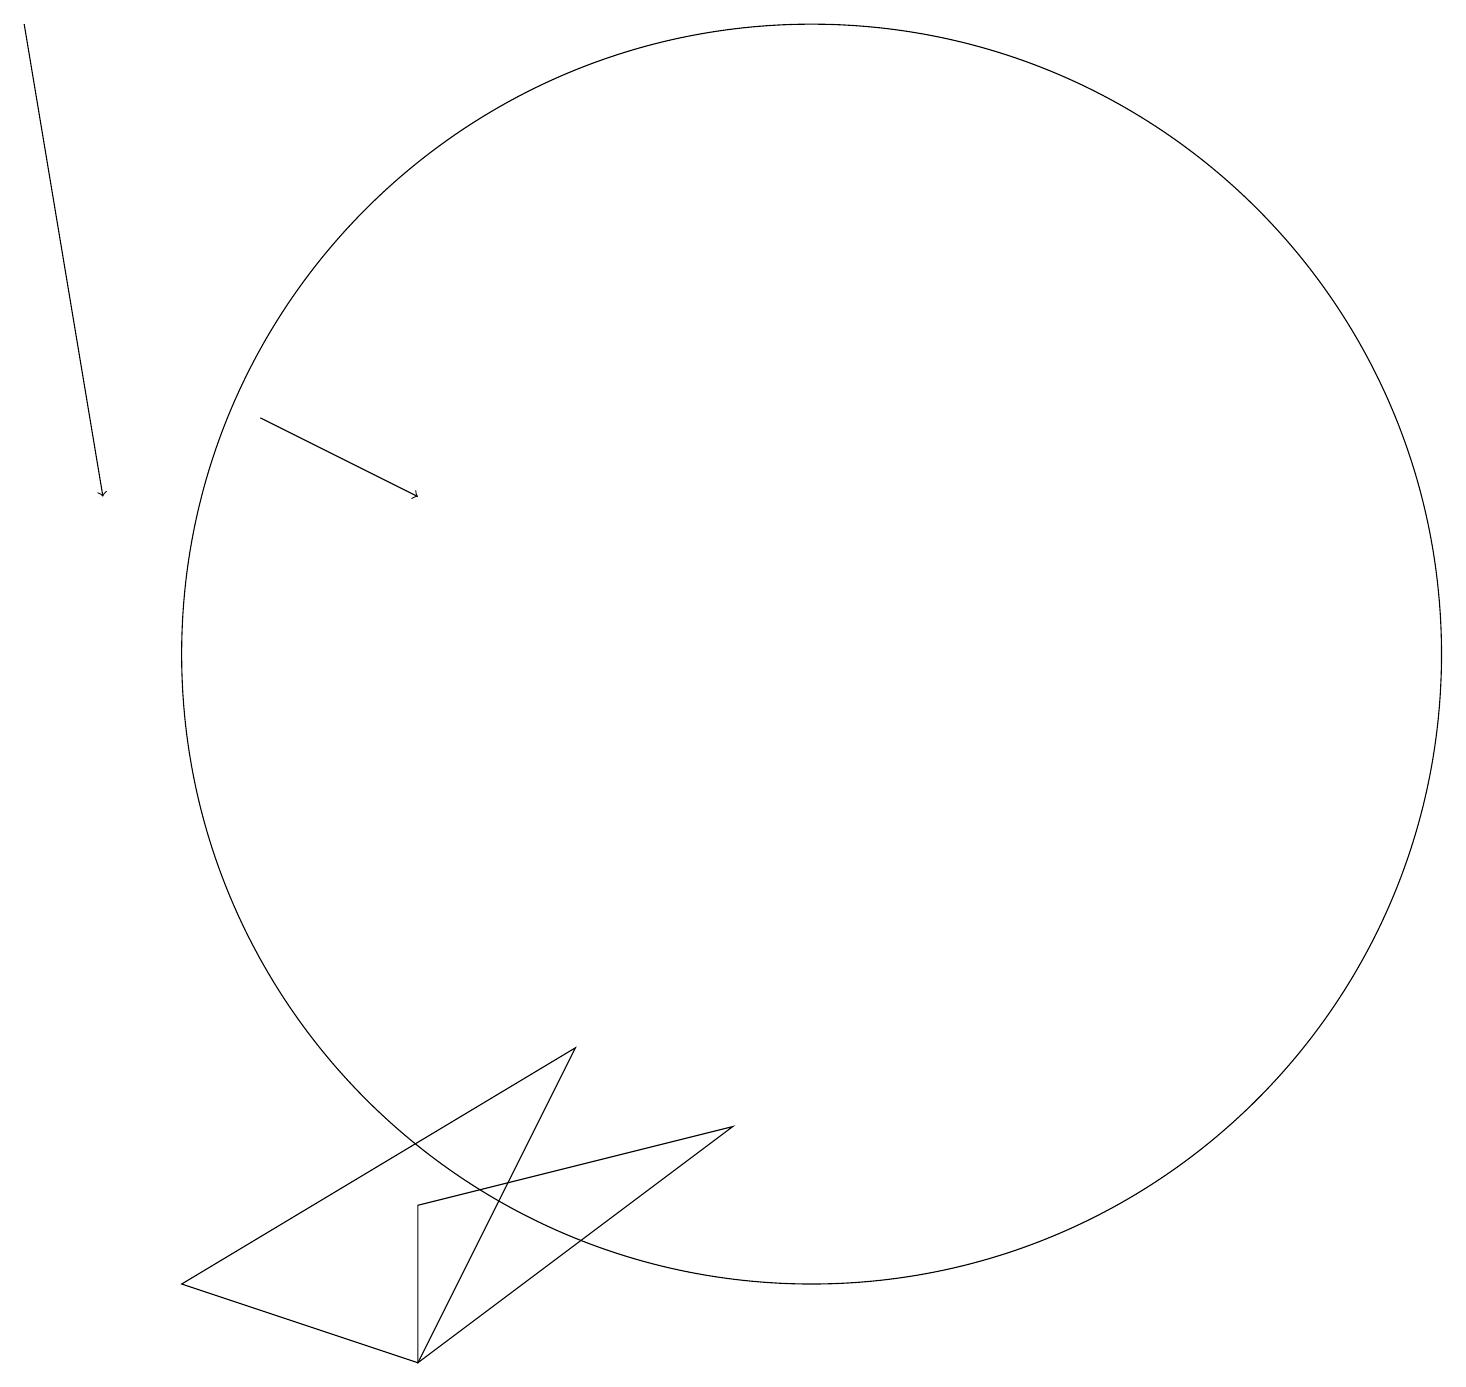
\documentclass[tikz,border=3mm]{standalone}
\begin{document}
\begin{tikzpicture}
\draw (10,10) circle (8);
\draw[->] (0,18) -- (1,12);
\draw (5,1) -- (9,4) -- (5,3) -- cycle;
\draw[->] (3,13) -- (5,12);
\draw (7,5) -- (2,2) -- (5,1) -- cycle;
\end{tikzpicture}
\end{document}